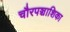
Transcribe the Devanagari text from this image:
चौरपञ्चाशिका